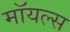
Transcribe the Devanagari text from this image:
मॉयल्स